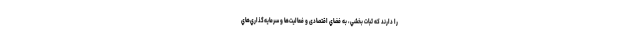
را دارند که ثبات بخشي، به فضاي اقتصادی و فعاليت‌ها و سرمايه‌گذاري‌هاي